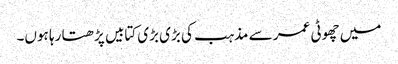
میں چھوٹی عمر سے مذہب کی بڑی بڑی کتابیں پڑھتا رہا ہوں۔